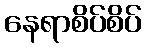
နေရာစိပ်စိပ်